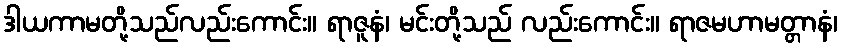
ဒါယကာမတို့သည်လည်းကောင်း။ ရာဇူနံ၊ မင်းတို့သည် လည်းကောင်း။ ရာဇမဟာမတ္တာနံ၊